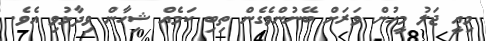
މިއީ ޖަލު މީހުން ވަރަށް ބޭނުންވެގެން ތިބި ކަމެއް ޝިހާން ވިދާޅުވި އެވެ.